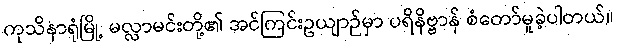
ကုသိနာရုံမြို့ မလ္လာမင်းတို့၏ အင်ကြင်းဥယျာဉ်မှာ ပရိနိဗ္ဗာန် စံတော်မူခဲ့ပါတယ်။